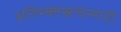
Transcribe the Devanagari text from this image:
अतिरक्तस्रावासाठी